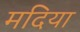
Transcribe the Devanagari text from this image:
मदिया